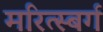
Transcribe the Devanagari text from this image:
मरित्स्बर्ग